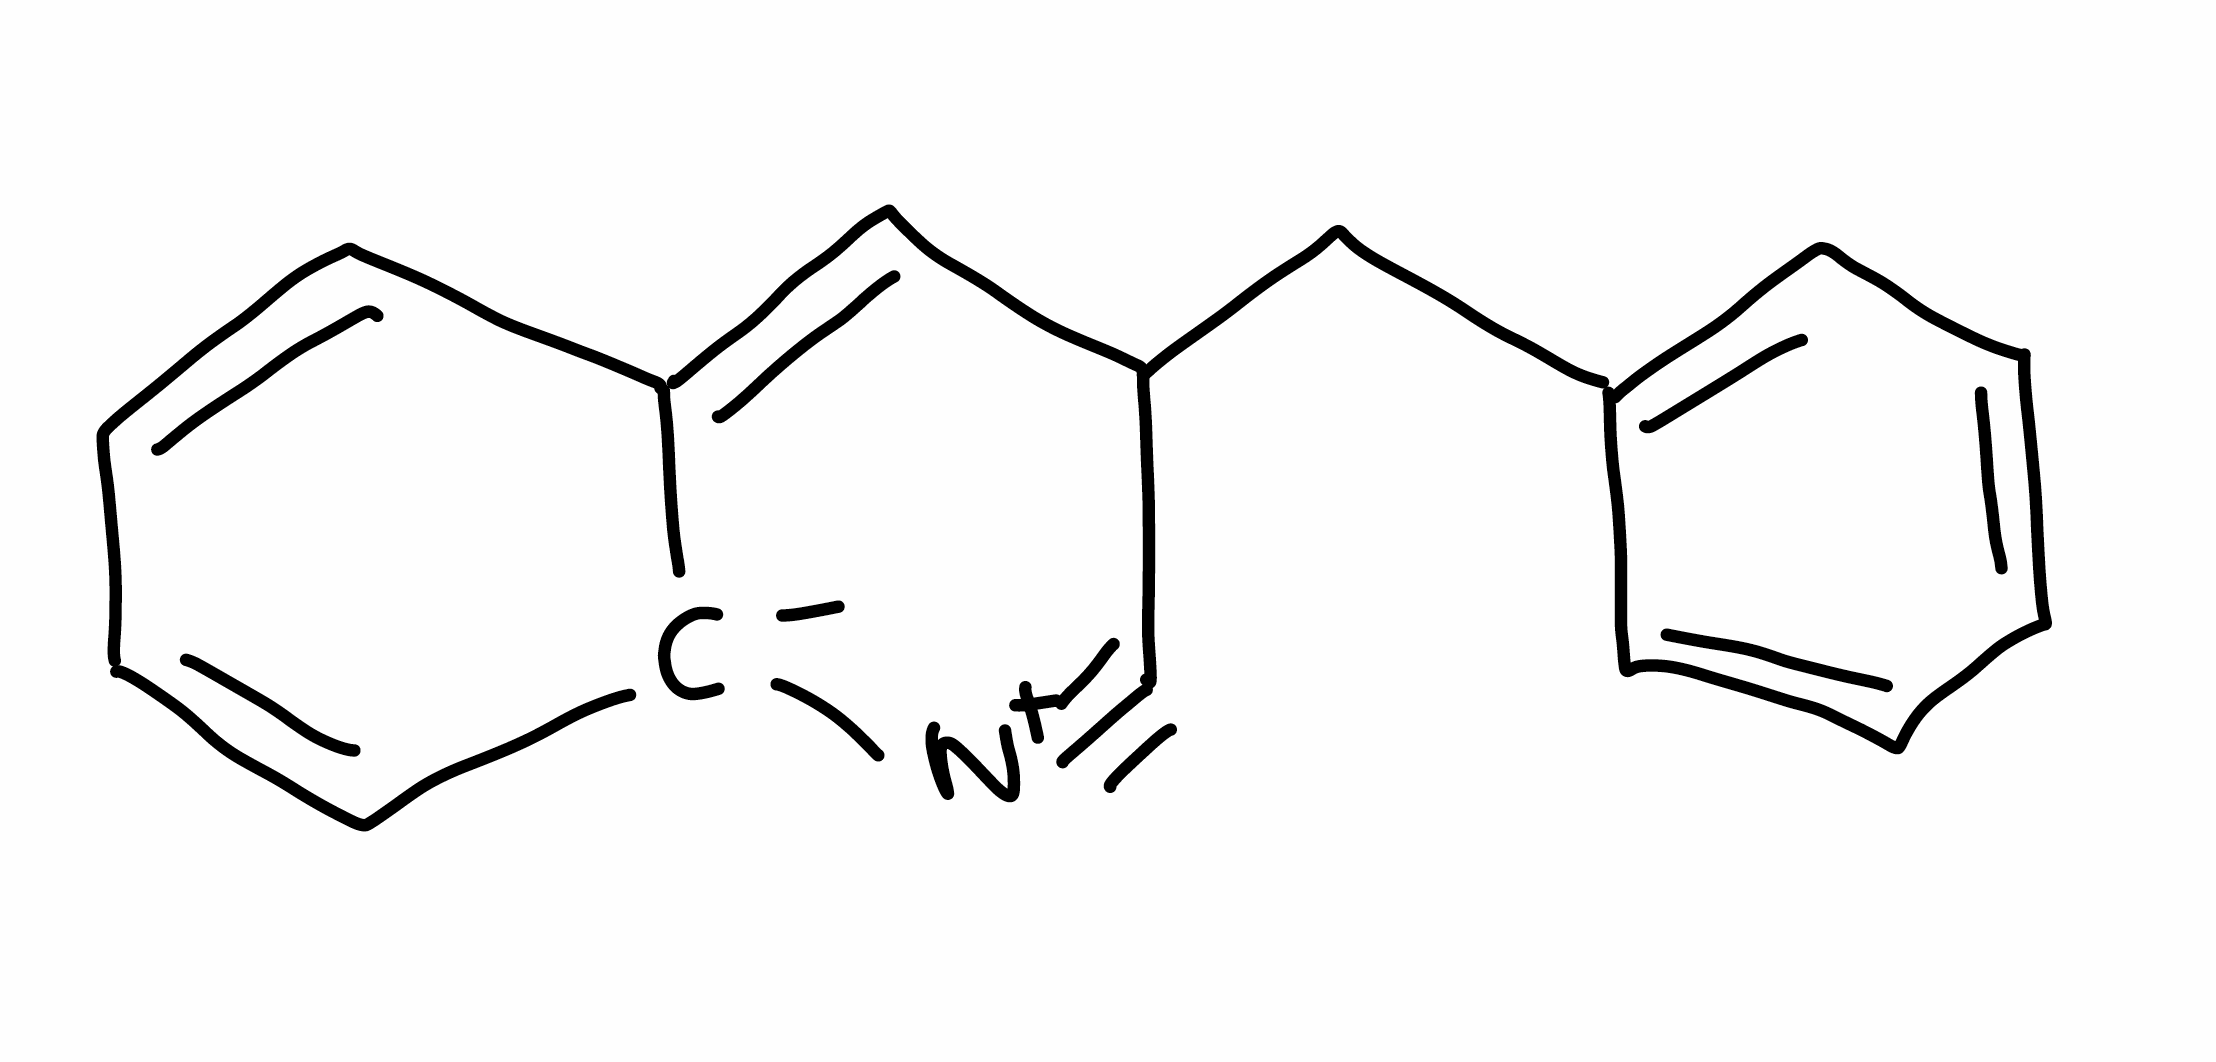
Simplified molecular-input line-entry system (SMILES) notation of the given molecule:
C1=CC=C(C=C1)CC2C=C3C=CC=C[C-]3[N+]#C2